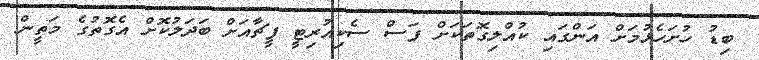
ބިޑު ހުށަހެޅުމަށް އަންގައި ކުއްލިގޮތަކަށް ފަސް ސެކިއުރިޓީ ފީޗާއަށް ބަދަލުކޮށް އެގޮތުގެ މަތީން